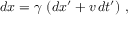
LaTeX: d x = \gamma \ ( d x ^ { \prime } + v \, d t ^ { \prime } ) \ ,